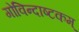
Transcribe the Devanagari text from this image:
गोविन्दाष्टकम्‌